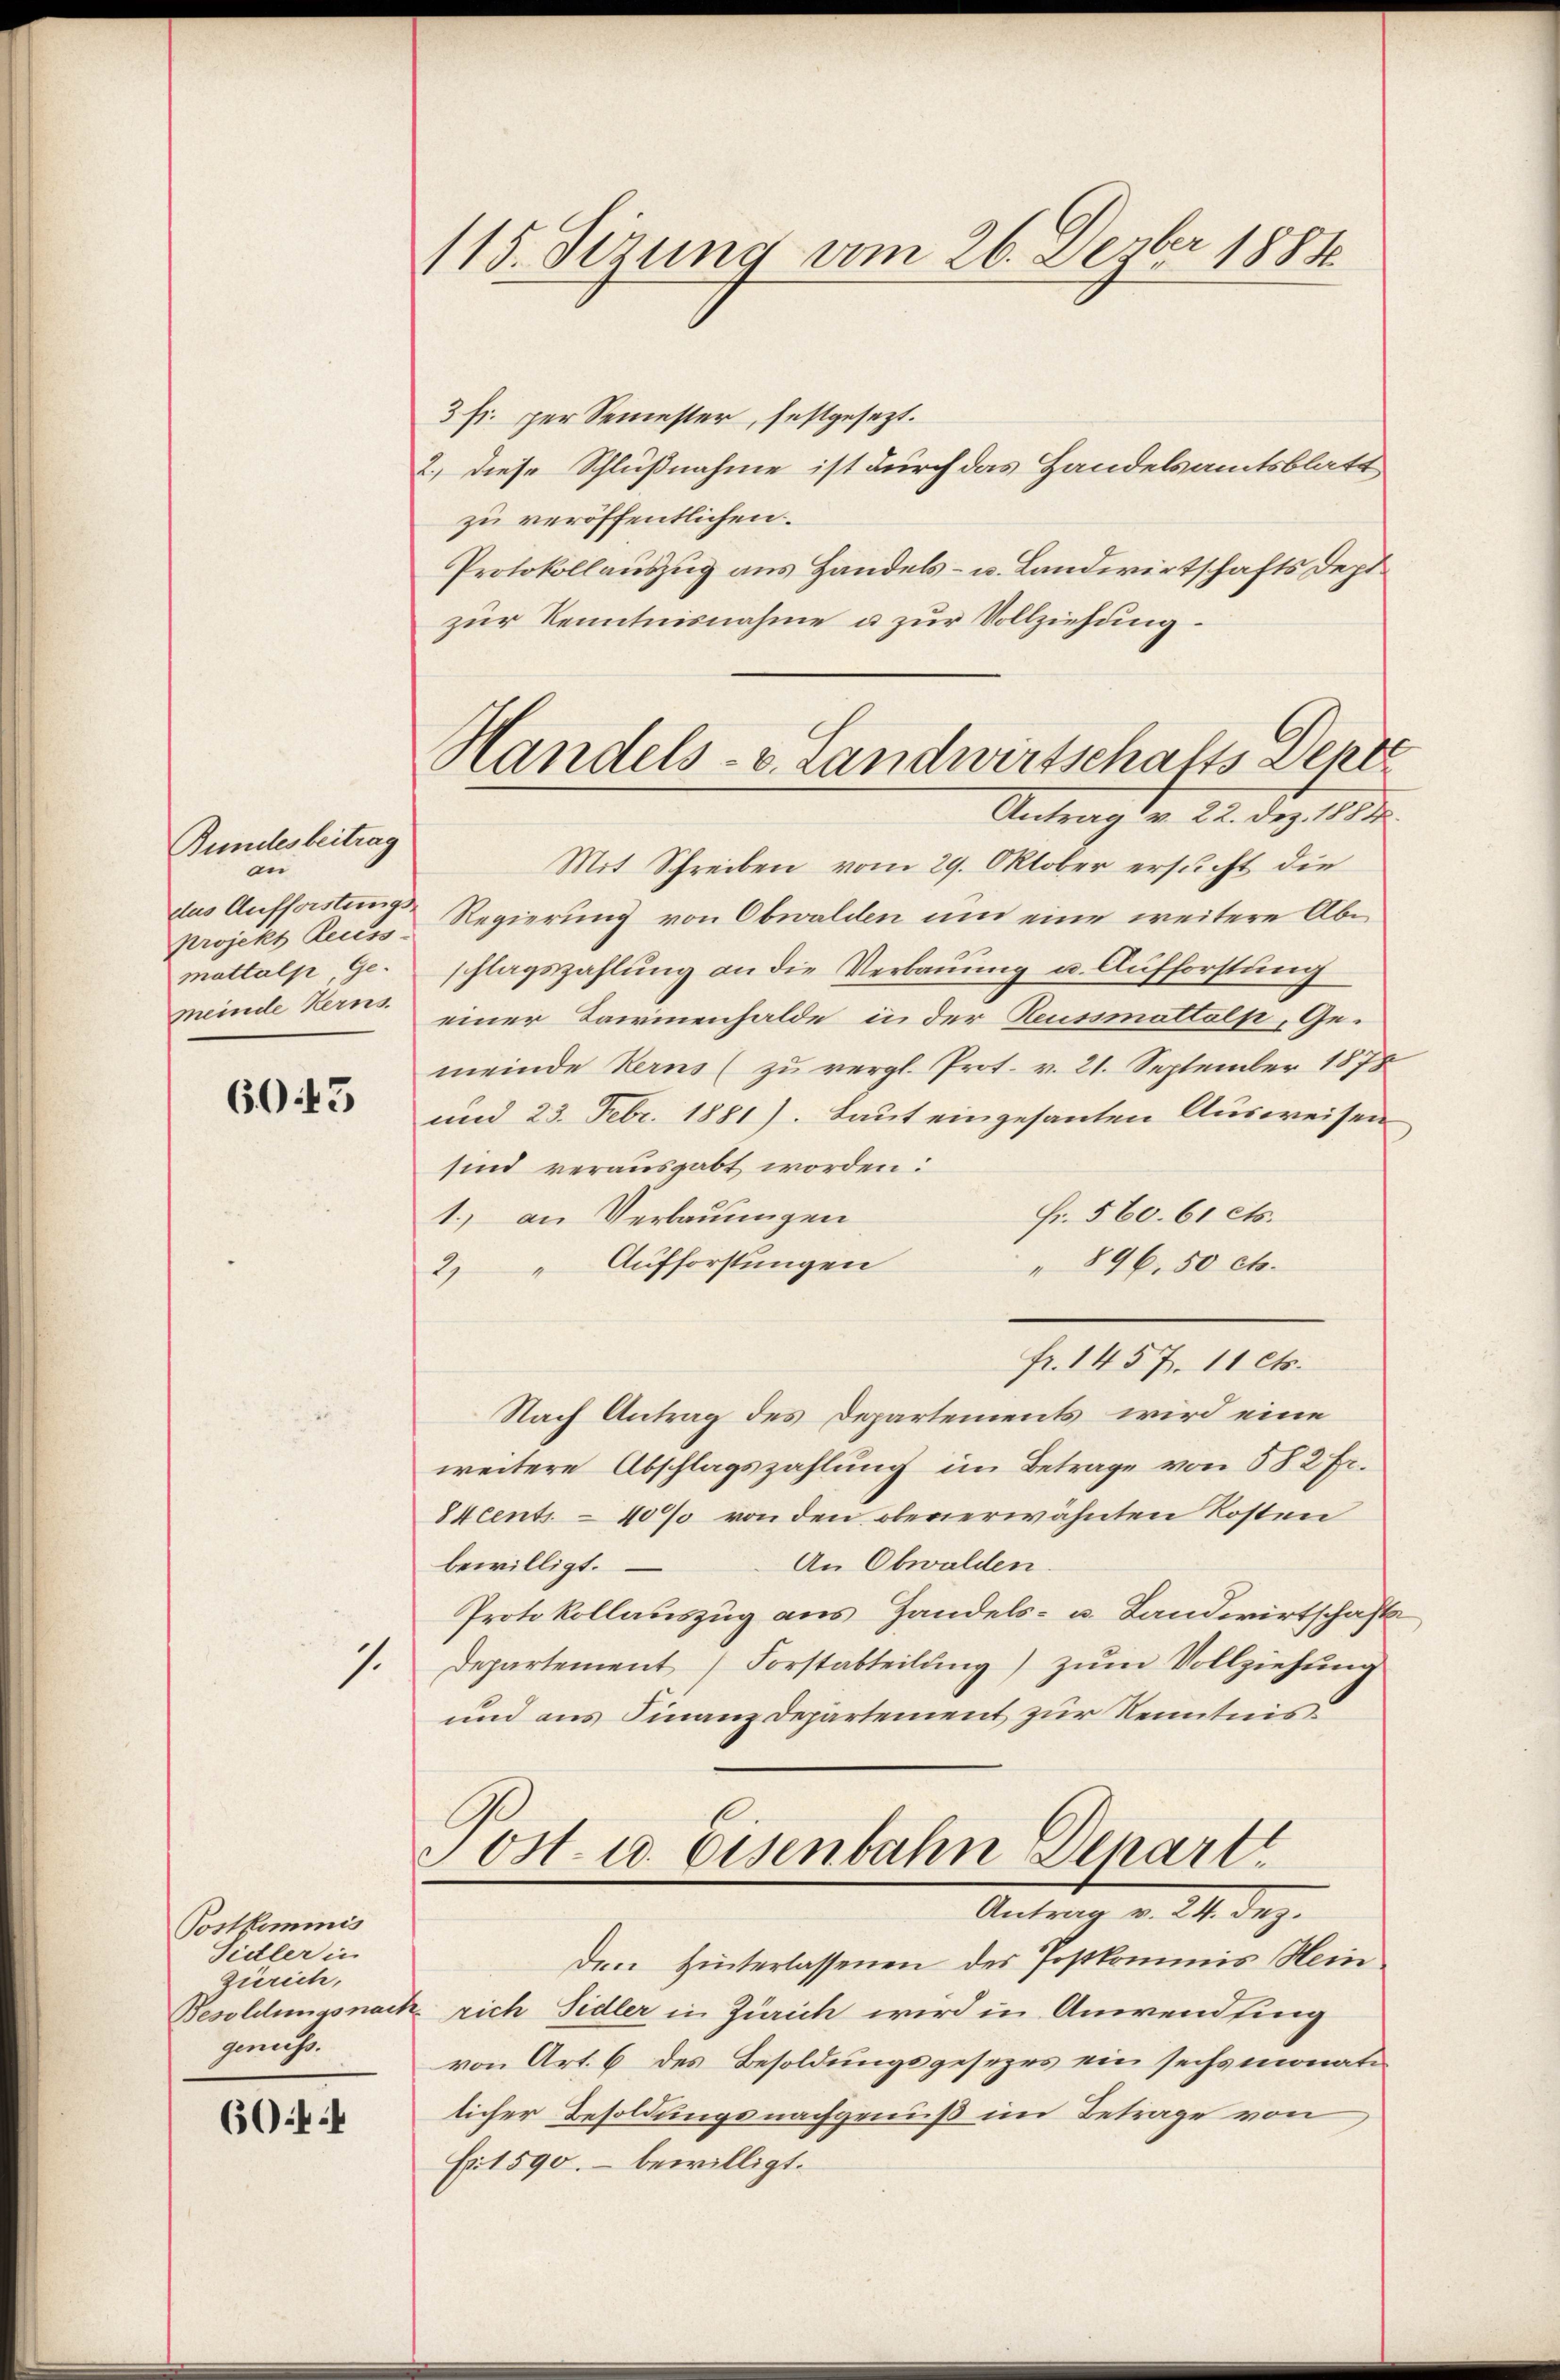
Bundesbeitrag
an
dus Aufforstungsprojekt Recess
mattalp, Gemeinde Kerns.

6045

1.

Postkommis
Sieller in
Zürich,
Besoldungsnais
geniess.

604

115. Sizung vom 26. Depber 1881

Handels- v. Landwirtschafts Deper
Antrag v. 22. Dez. 1884

3 fr. per Semester, festgesezt.
2.) diese Schlußnahme ist durch das Handelsamtsblatt
zu veröffentlichen
Protokollauszug aus Handels- u. Landwirtschafts Deptzur Kenntnisnahme u zur Vollziehung.
Mit Schreiben vom 29. Oktober ersucht die
Regierung von Obwalden um eine weitere Abschlagszahlung an die Verbauung u. Aufforstung
einer Darinenhalde in der Reussmattolp, Gemeinde Kerns (zu vergl. Prot. v. 21. September 1878
und 23. Febr. 1881). Laut eingesanten Ausweisen
sind verausgabt worden:
Fr. 560. 61 cts.
1.) an Verbauungen
2) Aufforstungen
" 896. 50 cts.
fr. 1457. 11 cts.
Nach Antrag des Departements wird eine
weitere Abschlagszahlung im Betrage von 58 2 Fr.
Stcents - 40% von den obenerwähnten Kosten
bewilligt.
An Obwalden.
Protokollauszug aus Handels- u. Landwirtschaft
Departement Forstabteilung) zum Vollziehung
und aus Finanzdepartement zur Kenntnis
Post u. Eisenbahn Depart
Antrag v. 24. dez.
den Hinterlassenen des Postkommis Heinrich Sidler in Zürich wird in Anwending
von Art. 6 des Besoldungsgesezes ein sechsmonatilicher Besoldungsnachgenuß im Betrage von
Er 1590. – bewilligt.